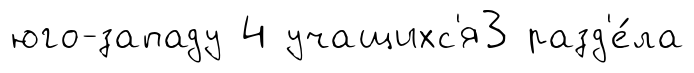
юго-западу 4 учащихс'я3 разд'е́ла